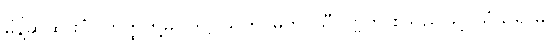
မိန့်ဆိုထားပုံ။ တိတ္ထိတို့မှာ ဒိဋ္ဌ၊ သုတ၊ မုတ၊ သီလဗ္ဗတ စသည်ဖြင့် သံသရာမှ